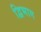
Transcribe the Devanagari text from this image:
द्विभाग